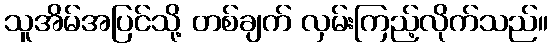
သူအိမ်အပြင်သို့ တစ်ချက် လှမ်းကြည့်လိုက်သည်။